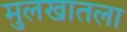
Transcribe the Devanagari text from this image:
मुलखातला